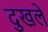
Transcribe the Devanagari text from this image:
दुखले